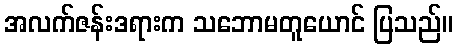
အလက်ဇန်းဒရားက သဘောမတူယောင် ပြသည်။